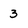
Character: 3